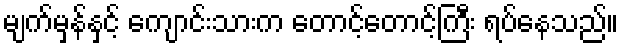
မျက်မှန်နှင့် ကျောင်းသားက တောင့်တောင့်ကြီး ရပ်နေသည်။